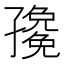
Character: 𭓛